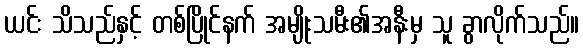
ယင်း သိသည်နှင့် တစ်ပြိုင်နက် အမျိုးသမီး၏အနီးမှ သူ ခွာလိုက်သည်။